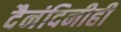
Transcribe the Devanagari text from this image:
दैनंदिनीही